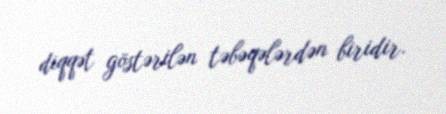
diqqət göstərilən təbəqələrdən biridir.